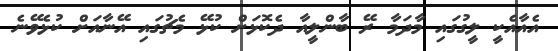
އެއާއެކީ ލީގުގައި މާދަމާ ރޭ ބާންލީއާ ދެކޮޅަށް ކުޅޭ މެޗުގައި އޭނާއަށް ކުޅެވޭނެ